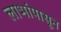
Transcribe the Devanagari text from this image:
लाभांपासून